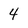
Character: 4